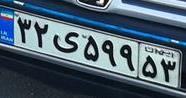
۳۲ی۵۹۹۵۳